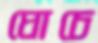
ঘোচে